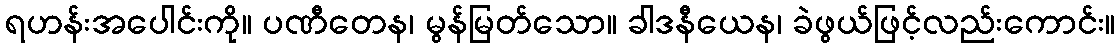
ရဟန်းအပေါင်းကို။ ပဏီတေန၊ မွန်မြတ်သော။ ခါဒနီယေန၊ ခဲဖွယ်ဖြင့်လည်းကောင်း။